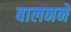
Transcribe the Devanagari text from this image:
बालनने